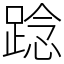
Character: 踗